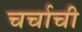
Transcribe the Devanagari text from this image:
चर्चाची